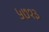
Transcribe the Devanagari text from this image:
५७१३